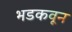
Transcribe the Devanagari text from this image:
भडकवून